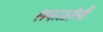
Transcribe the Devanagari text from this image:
सकळांसी